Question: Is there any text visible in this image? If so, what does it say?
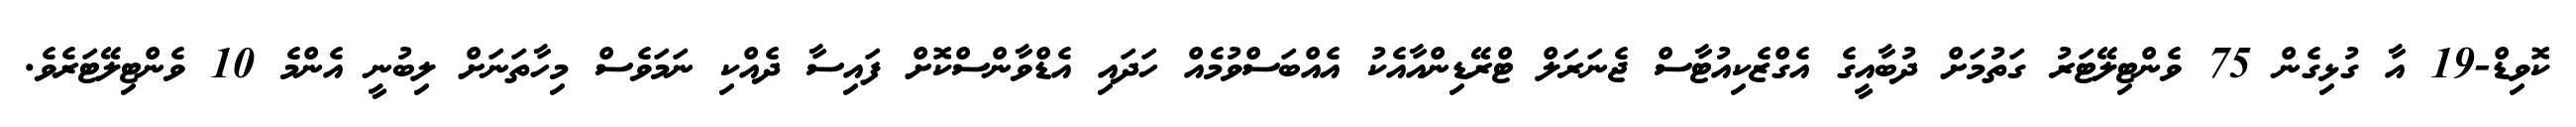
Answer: ކޮވިޑް-19 އާ ގުޅިގެން 75 ވެންޓިލޭޓަރު ގަތުމަށް ދުބާއީގެ އެގްޒެކިއުޓާސް ޖެނަރަލް ޓްރޭޑިންއާއެކު އެއްބަސްވުމެއް ހަދައި އެޑްވާންސްކޮށް ފައިސާ ދެއްކި ނަމަވެސް މިހާތަނަށް ލިބުނީ އެންމެ 10 ވެންޓިލޭޓަރެވެ.